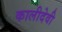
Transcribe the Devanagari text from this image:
कालीदेवी